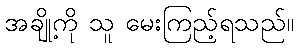
အချို့ကို သူ မေးကြည့်ရသည်။